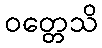
ဝတ္တေသိ